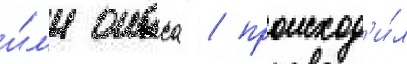
и́л'и онаса / происход'и́л